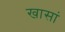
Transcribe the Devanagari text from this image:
खासां